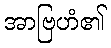
အာဗြဟံ၏